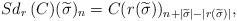
LaTeX: \begin{align*}Sd_r\,(C)(\widetilde{\sigma})_n &= C(r(\widetilde{\sigma}))_{n+|\widetilde{\sigma}|-|r(\widetilde{\sigma})|}, \end{align*}